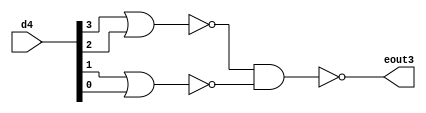
module fat_4to1 ( d4,eout3);
   input [3:0] d4;
   output      eout3;
   wire        w1;
   wire        w2;
   

   nor(w1,d4[3],d4[2]);
   nor(w2,d4[1],d4[0]);
   nand(eout3,w1,w2);
   
   

endmodule